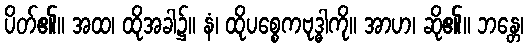
ပိတ်၏။ အထ၊ ထိုအခါ၌။ နံ၊ ထိုပစ္စေကဗုဒ္ဓါကို။ အာဟ၊ ဆို၏။ ဘန္တေ၊